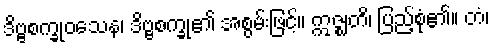
ဒိဗ္ဗစက္ခုဝသေန၊ ဒိဗ္ဗစက္ခု၏ အစွမ်းဖြင့်။ ဣဇ္ဈတိ၊ ပြည့်စုံ၏။ တံ၊